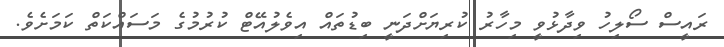
ރައީސް ސޯލިހު ވިދާޅުވީ މިހާރު ކުރިޔަށްދަނީ ބިޑުތައް އިވެލުއޭޓް ކުރުމުގެ މަސައްކަތް ކަމަށެވެ.